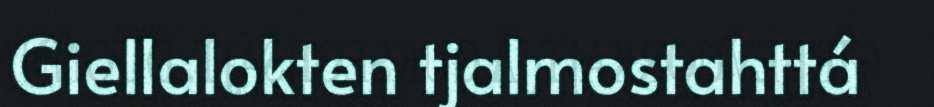
Giellalokten tjalmostahttá